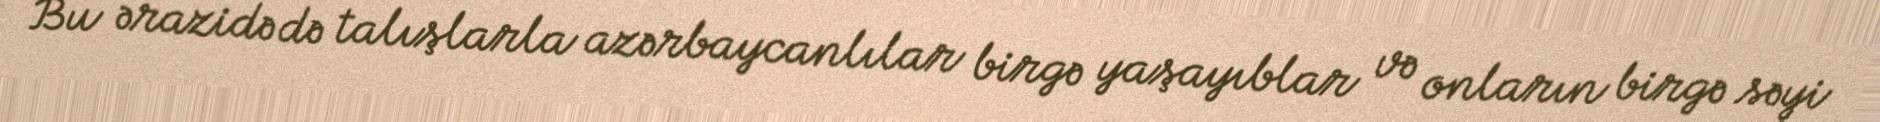
Bu ərazidə də talışlarla azərbaycanlılar birgə yaşayıblar və onların birgə səyi